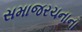
સમાજરચનાના